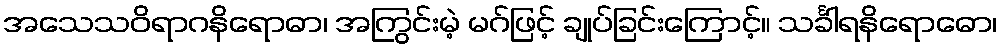
အသေသဝိရာဂနိရောဓာ၊ အကြွင်းမဲ့ မဂ်ဖြင့် ချုပ်ခြင်းကြောင့်။ သင်္ခါရနိရောဓော၊